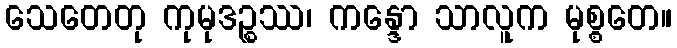
သေတေတု ကုမုဒဉ္စဿ၊ ကန္ဒော သာလူက မုစ္စတေ။